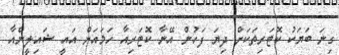
ގިނަ ބަޔަކު ކޮޓަރިތަކަށް ދިޔަ ފަހުން އޭނާ ކޮޓަރިއާ ހަމައަށް އައީ ޝައިލީންއާ